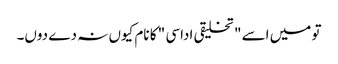
تو میں اسے " تخلیقی اداسی " کا نام کیوں نہ دے دوں۔